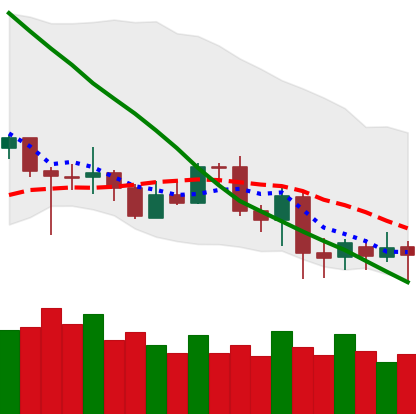
Ticker: LTC-USD
Chart end date: 2020-07-02
Forward return: 4.417%
Label: up_3_5